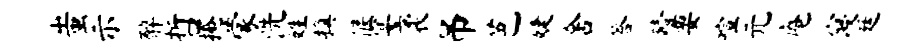
蚩示醉哲掩蒙洗姓换偃宴袤吊芭婕舍答殪要喧元庵寝廷